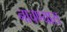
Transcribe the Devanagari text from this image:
नाचण्यास